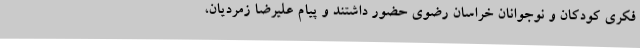
فکری کودکان و نوجوانان خراسان رضوی حضور داشتند و پیام علیرضا زمردیان،